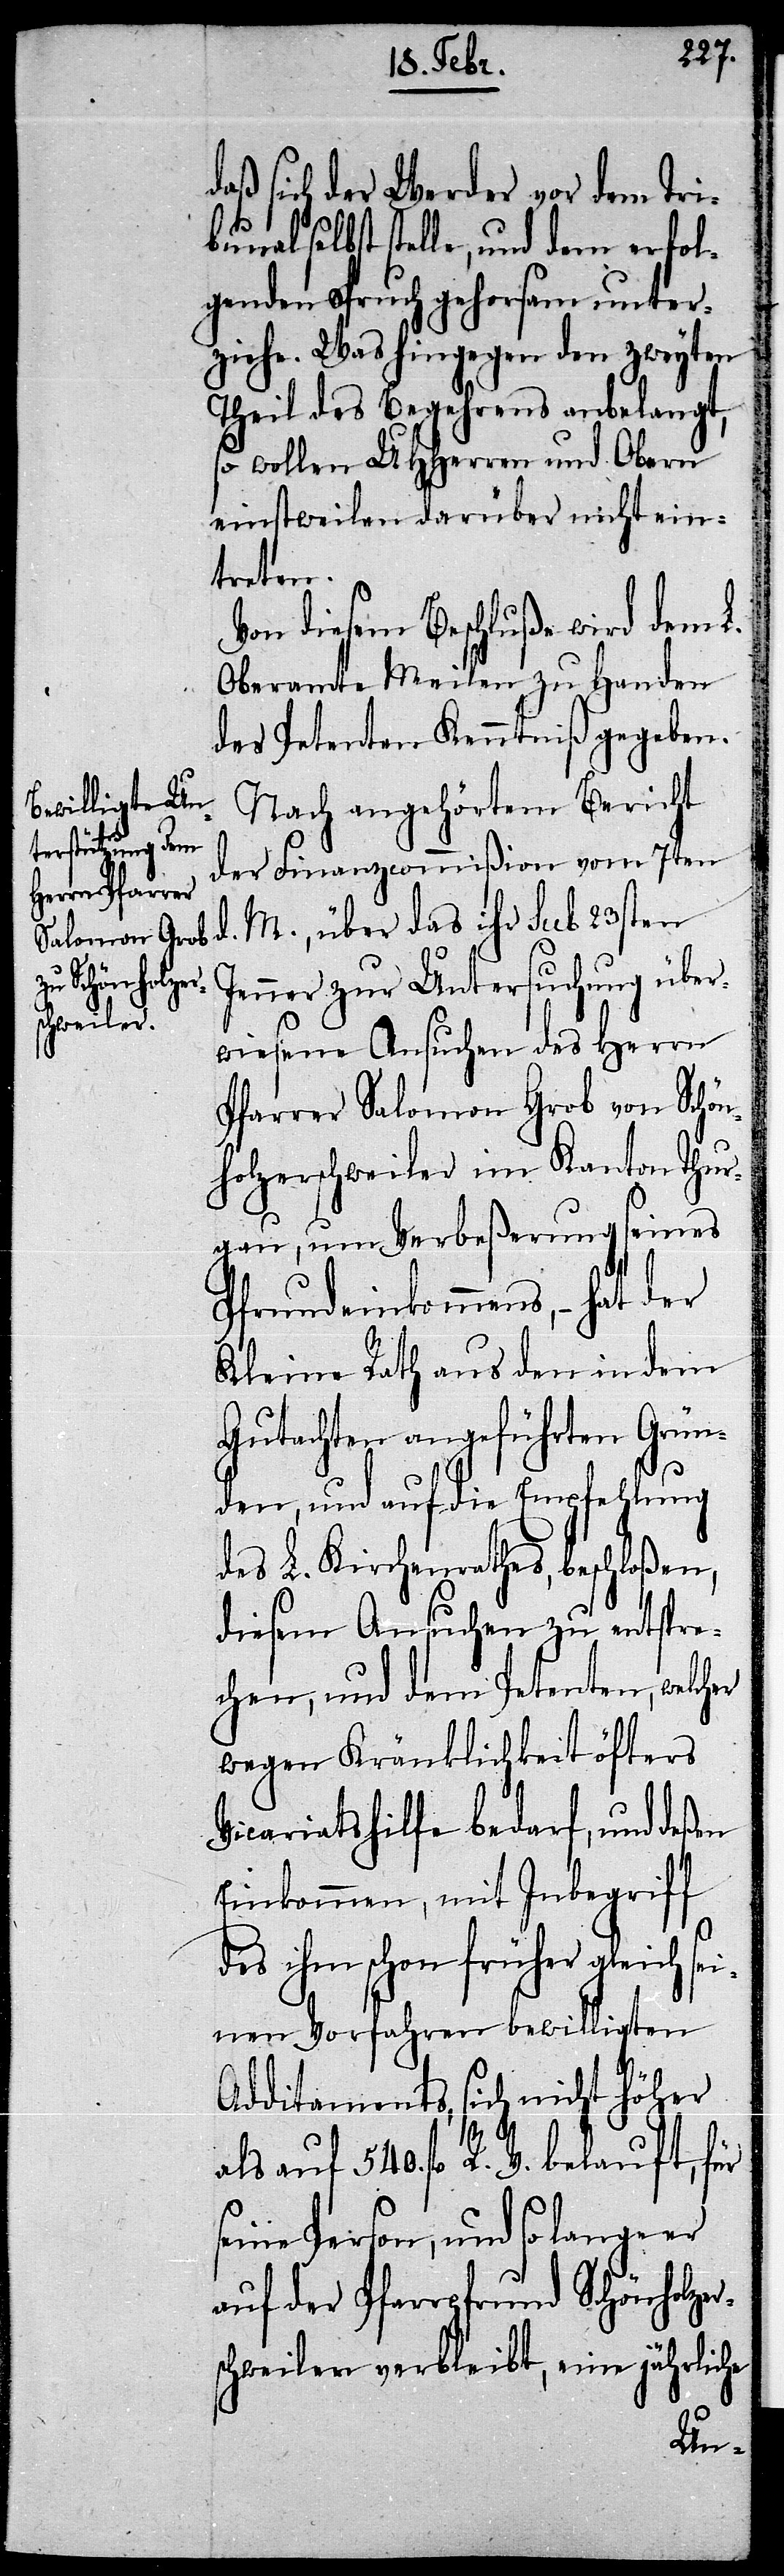
daß sich der Werder vor dem Tri¬
al selbst stelle, und dem erfol¬
genden Spruch gehorsam unter¬
ziehe. Was hingegen den zweyten
Theil des Begehrens anbelangt,
so wollen UHHerren und Obern
einstweilen darüber nicht ein¬
treten.
Von diesem Beschluße wird dem L.
Oberamte Meilen zu Handen
des Petenten Kenntniß gegeben.
Nach angehörtem Bericht
der Finanzcommißion vom 7ten
d. M., über das ihr Sub 23sten
Jenner zur Untersuchung über¬
wiesene Ansuchen des Herrn
Pfarrer Salomon Grob von Schön¬
holzerschweiler im Kanton Thur¬
gau, um Verbeßerung seines
Pfrundeinkommens, – hat der
Kleine Rath aus den in dem
Gutachten angeführten Grün¬
den, und auf die Empfehlung
des L. Kirchenrathes, beschloßen,
diesem Ansuchen zu entspre¬
chen, und dem Petenten, welcher
wegen Kränklichkeit öfters
Vicariatshilfe bedarf, und deßen
Einkommen, mit Inbegriff
des ihm schon früher gleich se¬
inen Vorfahren bewilligten
Additaments, sich nicht höher
als auf 540. fl. R. V. belauft, für
seine Person, und so lange er
auf der Pfarrpfrund Schönholzer¬
schweiler verbleibt, eine jährliche
bun¬